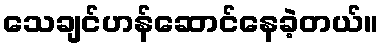
သေချင်ဟန်ဆောင်နေခဲ့တယ်။